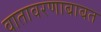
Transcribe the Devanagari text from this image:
वातावरणाबाबत